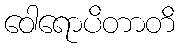
ဝေါရောပိတာတိ